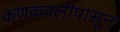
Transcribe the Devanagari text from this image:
कणकवलीपासून